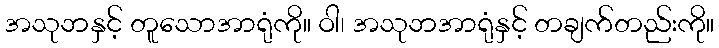
အသုဘနှင့် တူသောအာရုံကို။ ဝါ၊ အသုဘအာရုံနှင့် တချက်တည်းကို။